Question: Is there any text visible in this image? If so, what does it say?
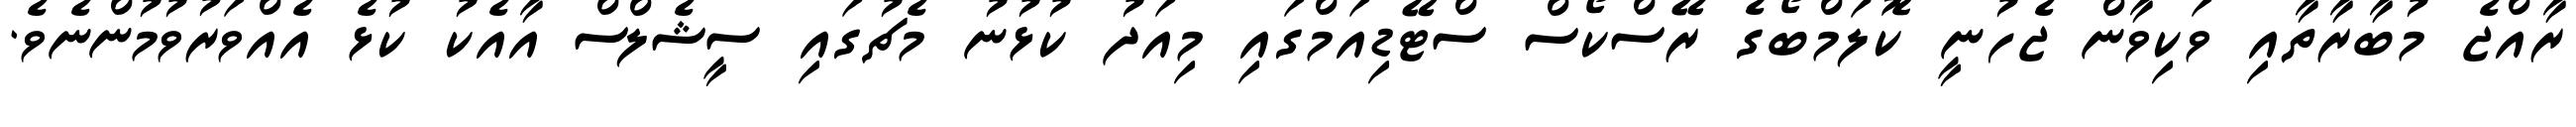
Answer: ރާއްޖެ މުބާރާތާއި ވަކިވާން ޖެހުނީ ކޮލަމްބޯގެ ރޭސްކޯސް ސްޓޭޑިއަމްގައި މިއަދު ކުޅުނު މެޗުގައި ސީޝެލްސް އާއެކު ކުޅެ އެއްވަރުވުމުންނެވެ.